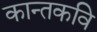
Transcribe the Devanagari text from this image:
कान्तकवि